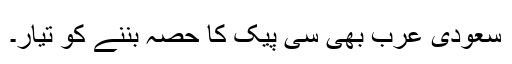
سعودی عرب بھی سی پیک کا حصہ بننے کو تیار۔